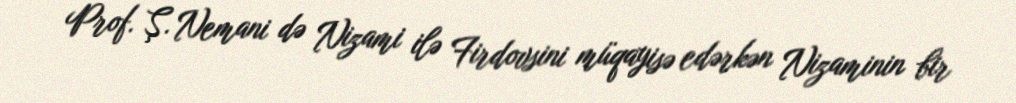
Prof. Ş. Nemani də Nizami ilə Firdovsini müqayisə edərkən Nizaminin bir